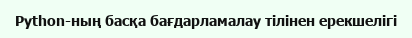
Python-ның басқа бағдарламалау тілінен ерекшелігі